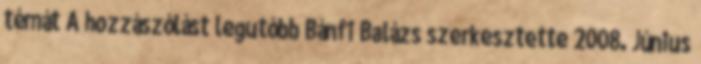
témát A hozzászólást legutóbb Bánfi Balázs szerkesztette 2008. Június